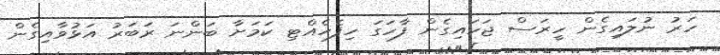
ހަރު ނުލައިގެން ހީރަސް ޖަހައިގެން ފާހަގަ ހިފެހެއްޓި ކަމަށާ ބަންނަ ރަބަރު އަޅުވާއިގެން